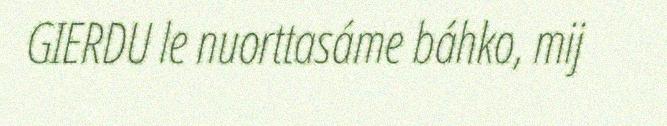
GIERDU le nuorttasáme báhko, mij